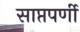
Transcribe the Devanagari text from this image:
साप्तपर्णी